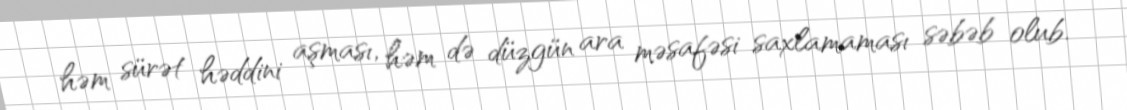
həm sürət həddini aşması, həm də düzgün ara məsafəsi saxlamaması səbəb olub.